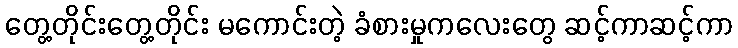
တွေ့တိုင်းတွေ့တိုင်း မကောင်းတဲ့ ခံစားမှုကလေးတွေ ဆင့်ကာဆင့်ကာ